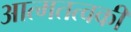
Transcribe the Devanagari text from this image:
आत्मतत्वकी